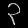
Digit: ၃